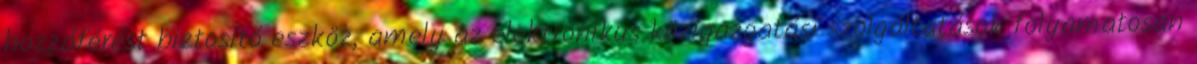
hozzáférést biztosító eszköz, amely az elektronikus közigazgatási szolgáltatások folyamatosan